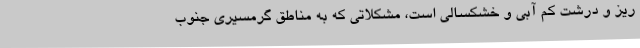
ریز و درشت کم آبی و خشکسالی است، مشکلاتی که به مناطق گرمسیری جنوب